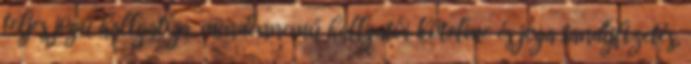
teljes jogú hallgatója, mindennemű hallgatói kötelme és joga tandíjfizetés,